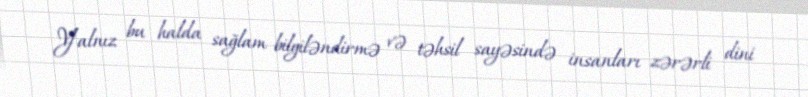
Yalnız bu halda sağlam bilgiləndirmə və təhsil sayəsində insanları zərərli dini